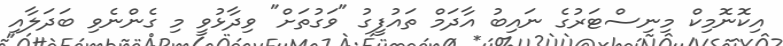
އިކޮނޮމިކް މިނިސްޓަރުގެ ނައިބު އާދަމް ތައުފީގު "ވަގުތަށް" ވިދާޅުވީ މި ގެންނެވި ބަދަލާއި